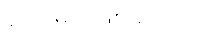
ရှိလာမည်ဖြစ်ကြောင်း